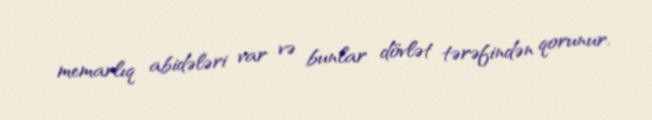
memarlıq abidələri var və bunlar dövlət tərəfindən qorunur.